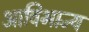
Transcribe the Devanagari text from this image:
आविभाज्य